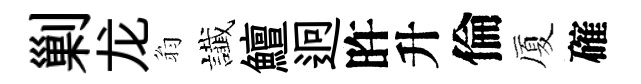
剿龙翁䜟鱣迥旿升倫厦確